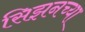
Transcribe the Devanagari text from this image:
सिझनच्या